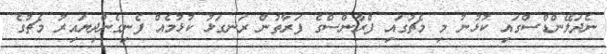
ނެދަލޭންޑްސްގައި ކުޅުނު މި މެޗުގައި ފްރާންސްގެ ފަރާތުން ރަނގަޅު ކުޅުމެއް ފެނިގެންދިޔައިރު މެޗުގެ